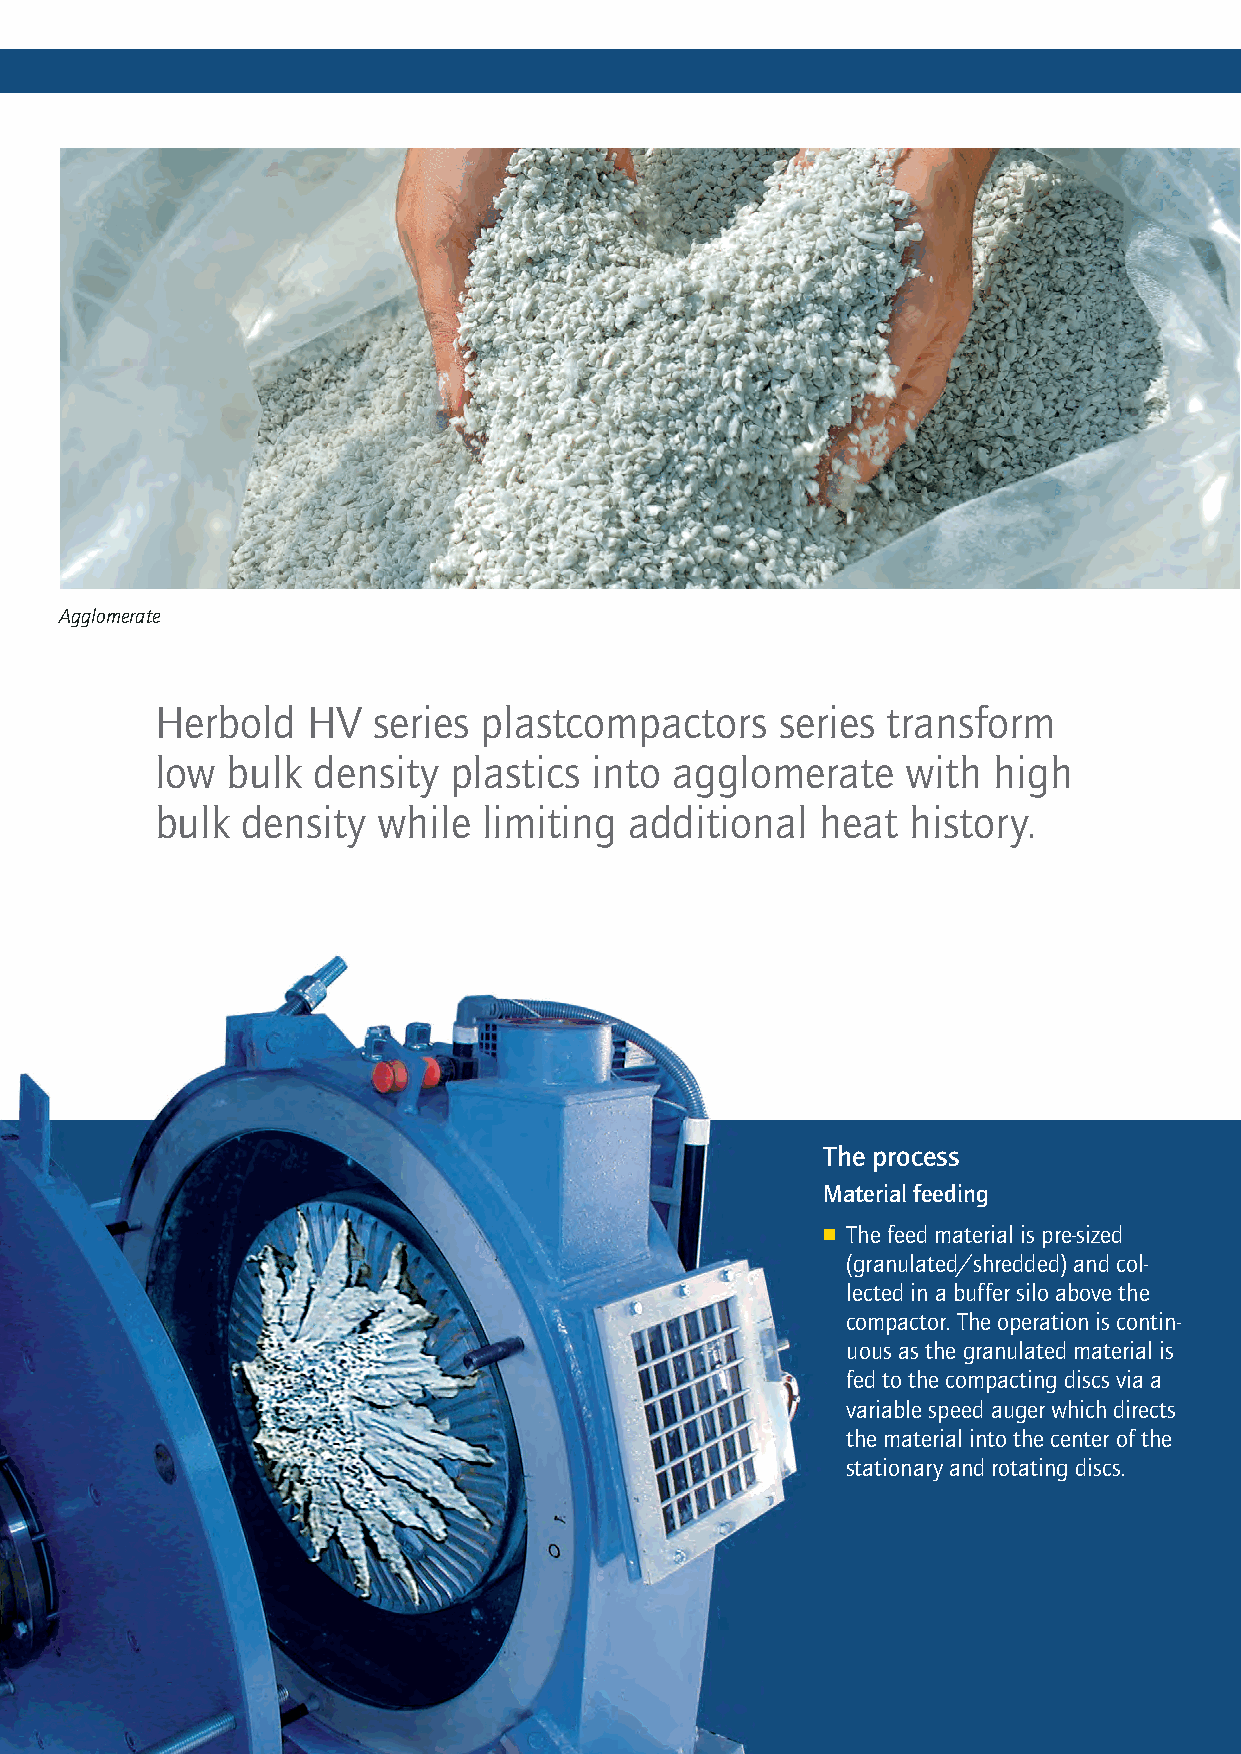
Agglomerate                                                                       Foams
 Herbold   HV   series plastcompactors    series  transform
 low  bulk  density  plastics into agglomerate     with  high
 bulk  density  while  limiting additional   heat  history.
 The process
 Material feeding                Friction
 n The feed material is pre-sized n Friction is created on and between
 (granulated/shredded) and col- the compacting discs, the amount
 lected in a buffer silo above the of friction is determined by the
 compactor. The operation is contin- distance between discs which is
 uous as the granulated material is adjustable, the material is heated
 fed to the compacting discs via a quickly, spun off and conveyed via
 variable speed auger which directs a central downstream blower to
 the material into the center of the the secondary granulator. Since
 stationary and rotating discs. the dwell time of the material in
 the compacting zone is only a mat-
 ter of seconds, the thermal impact
 on the material is minimal contrary
 to extruders or conventional batch-
 type agglomerators.
 Plastkompaktor_E_v5.indd 2                                                08.09.14 15:19